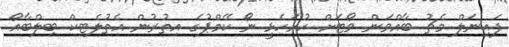
ފައިނަލް މެޗު ބާއްވަން ވޯޓަށް ހުށަހެޅީ ނޯ ކޭމްޕުގެ އިތުރުން އެތުލެޓިކް ބިލްބާއޯ